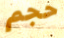
حجم